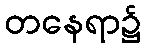
တနေရာ၌